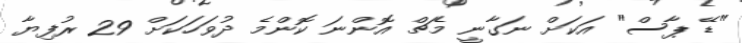
"ޑޭ ޕާސް" އަކަށް ނަގާނީ މެޗް އޮންނަ ކޮންމެ ދުވަހަކަށް 29 ރުފިޔާ